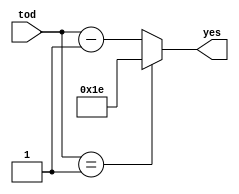
// Code your design here
// Code your design here
module todyes (tod,yes);
  input [4:0]tod;
  output [4:0]yes;
  wire [4:0]bumi;
  wire neth;
  wire [4:0]yes;
  
  assign bumi = tod-1;
  assign neth= (tod==1);
  assign yes = neth ? 30 : bumi;
endmodule
  
// Code your design here
module toddbyes (tod,dby);
  input [4:0]tod;
  output [4:0]dby;
 
  wire [4:0]yes,dby;
  
  todyes FIRST (tod,yes);
  todyes SECOND (yes,dby);
  
  

endmodule